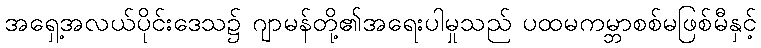
အရှေ့အလယ်ပိုင်းဒေသ၌ ဂျာမန်တို့၏အရေးပါမှုသည် ပထမကမ္ဘာစစ်မဖြစ်မီနှင့်